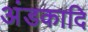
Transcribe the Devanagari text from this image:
अंडकादि